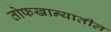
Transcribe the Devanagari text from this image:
तोफखान्यातील